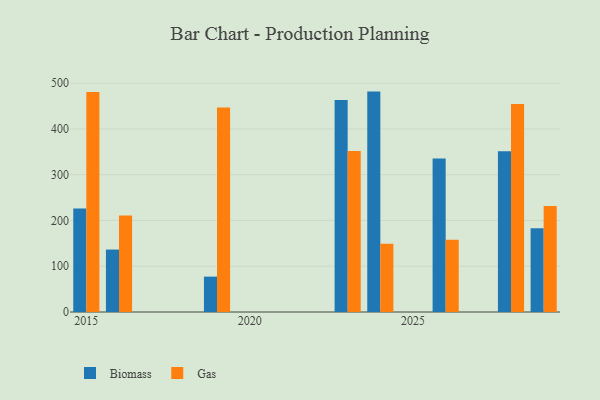
{"axis": {"x": "Year", "y": "Bounce Rate (%)"}, "legend": ["Biomass", "Gas"], "data": [{"x": "2024", "y": 481.5, "type": "Biomass"}, {"x": "2024", "y": 149.3, "type": "Gas"}, {"x": "2028", "y": 351.3, "type": "Biomass"}, {"x": "2028", "y": 454.6, "type": "Gas"}, {"x": "2029", "y": 183.0, "type": "Biomass"}, {"x": "2029", "y": 231.7, "type": "Gas"}, {"x": "2016", "y": 136.4, "type": "Biomass"}, {"x": "2016", "y": 210.7, "type": "Gas"}, {"x": "2015", "y": 226.0, "type": "Biomass"}, {"x": "2015", "y": 480.6, "type": "Gas"}, {"x": "2023", "y": 463.4, "type": "Biomass"}, {"x": "2023", "y": 351.8, "type": "Gas"}, {"x": "2019", "y": 77.3, "type": "Biomass"}, {"x": "2019", "y": 446.9, "type": "Gas"}, {"x": "2026", "y": 335.3, "type": "Biomass"}, {"x": "2026", "y": 157.8, "type": "Gas"}]}